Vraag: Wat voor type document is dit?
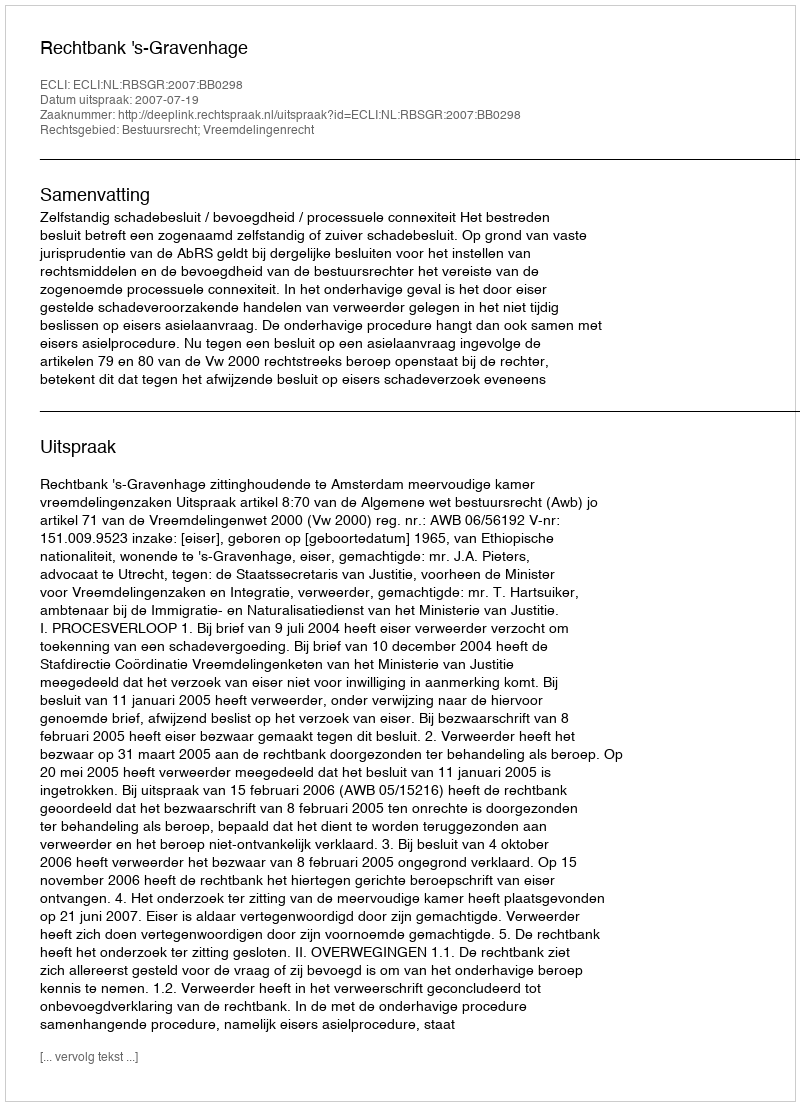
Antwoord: Uitspraak